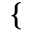
\begin{array} { r } { \left\{ \begin{array} { l l } \end{array} \right. } \end{array}